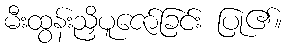
မီးထွန်းညှိပူဇော်ခြင်း ပြု၏။